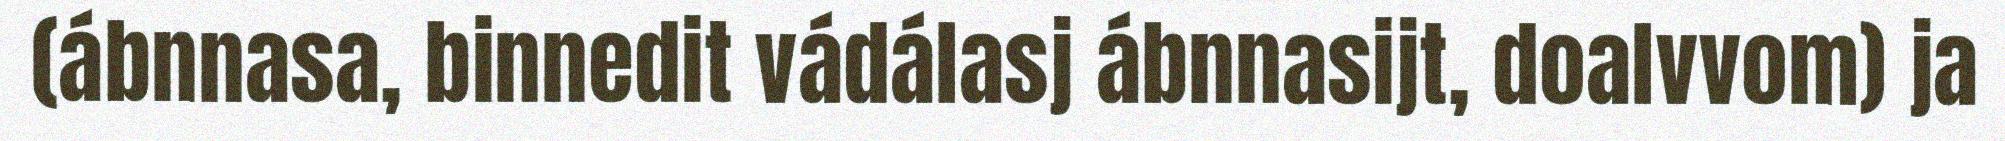
(ábnnasa, binnedit vádálasj ábnnasijt, doalvvom) ja